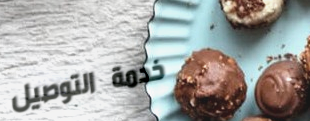
خدمة التوصيل